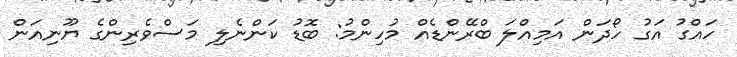
ހައްގު އަގު ހޯދަން އަމިއްލަ ބްރޭންޑެއް މުހިންމު: ބޮޑު ކަންނެލި މަސްވެރިންގެ ޔޫނިއަން